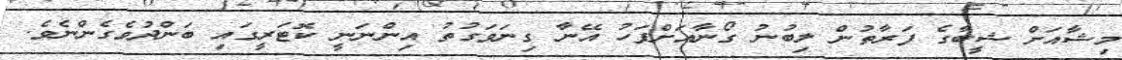
މިޝާއަށް ޝީބާގެ ފަރާތުން ލިބުނު ގޯނާއަށްފަހު އޭނާ ގިނަވަގުތު އިންނަނީ ކޮޓަރީގައި ބަންދުވެގެންނެވެ.